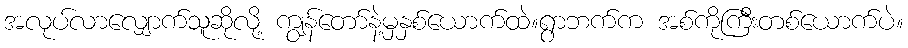
အလုပ်လာလျှောက်သူဆိုလို့ ကျွန်တော်နဲ့မှနှစ်ယောက်ထဲ။ရွာဘက်က အစ်ကိုကြီးတစ်ယောက်ပဲ။